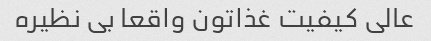
عالی کیفیت غذاتون واقعا بی نظیره